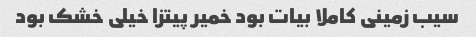
سیب زمینی کاملا بیات بود خمیر پیتزا خیلی خشک بود